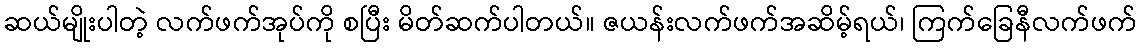
ဆယ်မျိုးပါတဲ့ လက်ဖက်အုပ်ကို စပြီး မိတ်ဆက်ပါတယ်။ ဇယန်းလက်ဖက်အဆိမ့်ရယ်၊ ကြက်ခြေနီလက်ဖက်